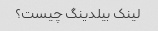
لینک بیلدینگ چیست؟